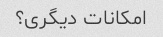
امکانات دیگری؟